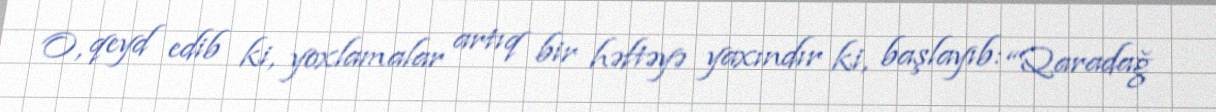
O, qeyd edib ki, yoxlamalar artıq bir həftəyə yaxındır ki, başlayıb: “Qaradağ